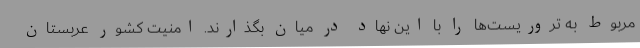
مربوط به تروریست‌ها را با این نهاد در میان بگذارند. امنیت کشور عربستان